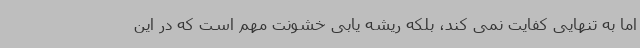
اما به تنهایی کفایت نمی کند، بلکه ریشه یابی خشونت مهم است که در این